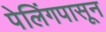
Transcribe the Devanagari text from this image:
पेलिंगपासून